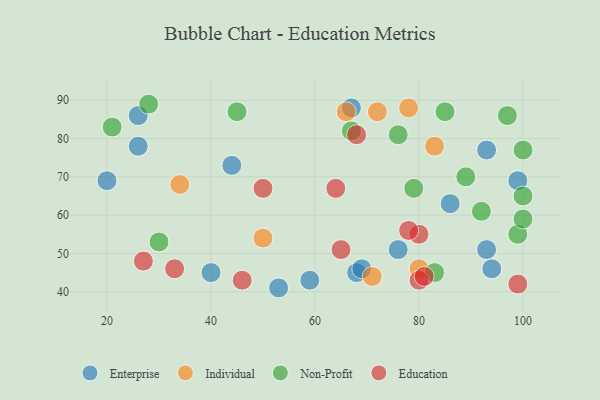
{"axis": {"x": "GDP", "y": "Life Expectancy"}, "legend": ["Education", "Enterprise", "Individual", "Non-Profit"], "data": [{"x": "86", "y": 63, "type": "Enterprise"}, {"x": "68", "y": 45, "type": "Enterprise"}, {"x": "93", "y": 51, "type": "Enterprise"}, {"x": "44", "y": 73, "type": "Enterprise"}, {"x": "67", "y": 88, "type": "Enterprise"}, {"x": "99", "y": 69, "type": "Enterprise"}, {"x": "53", "y": 41, "type": "Enterprise"}, {"x": "26", "y": 86, "type": "Enterprise"}, {"x": "69", "y": 46, "type": "Enterprise"}, {"x": "59", "y": 43, "type": "Enterprise"}, {"x": "40", "y": 45, "type": "Enterprise"}, {"x": "26", "y": 78, "type": "Enterprise"}, {"x": "76", "y": 51, "type": "Enterprise"}, {"x": "94", "y": 46, "type": "Enterprise"}, {"x": "20", "y": 69, "type": "Enterprise"}, {"x": "93", "y": 77, "type": "Enterprise"}, {"x": "83", "y": 78, "type": "Individual"}, {"x": "72", "y": 87, "type": "Individual"}, {"x": "50", "y": 54, "type": "Individual"}, {"x": "71", "y": 44, "type": "Individual"}, {"x": "66", "y": 87, "type": "Individual"}, {"x": "80", "y": 46, "type": "Individual"}, {"x": "34", "y": 68, "type": "Individual"}, {"x": "78", "y": 88, "type": "Individual"}, {"x": "89", "y": 70, "type": "Non-Profit"}, {"x": "67", "y": 82, "type": "Non-Profit"}, {"x": "28", "y": 89, "type": "Non-Profit"}, {"x": "21", "y": 83, "type": "Non-Profit"}, {"x": "85", "y": 87, "type": "Non-Profit"}, {"x": "92", "y": 61, "type": "Non-Profit"}, {"x": "79", "y": 67, "type": "Non-Profit"}, {"x": "99", "y": 55, "type": "Non-Profit"}, {"x": "100", "y": 65, "type": "Non-Profit"}, {"x": "30", "y": 53, "type": "Non-Profit"}, {"x": "100", "y": 59, "type": "Non-Profit"}, {"x": "83", "y": 45, "type": "Non-Profit"}, {"x": "45", "y": 87, "type": "Non-Profit"}, {"x": "97", "y": 86, "type": "Non-Profit"}, {"x": "100", "y": 77, "type": "Non-Profit"}, {"x": "76", "y": 81, "type": "Non-Profit"}, {"x": "50", "y": 67, "type": "Education"}, {"x": "46", "y": 43, "type": "Education"}, {"x": "80", "y": 43, "type": "Education"}, {"x": "80", "y": 55, "type": "Education"}, {"x": "65", "y": 51, "type": "Education"}, {"x": "99", "y": 42, "type": "Education"}, {"x": "27", "y": 48, "type": "Education"}, {"x": "68", "y": 81, "type": "Education"}, {"x": "64", "y": 67, "type": "Education"}, {"x": "81", "y": 44, "type": "Education"}, {"x": "78", "y": 56, "type": "Education"}, {"x": "33", "y": 46, "type": "Education"}]}